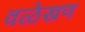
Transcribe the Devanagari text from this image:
वळेखण